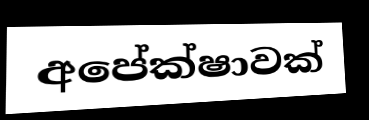
අපේක්ෂාවක්